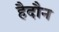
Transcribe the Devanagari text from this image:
हैदौन